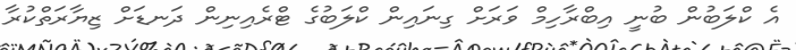
އެ ކްލަބުން ބުނީ އިބްރާހިމް ވަރަށް ގިނައިން ކްލަބުގެ ޓްރެއިނިން ދަނޑަށް ޒިޔާރަތްކުރާ